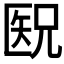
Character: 𫧕